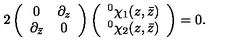
2 \left( \begin{array} { c c } { 0 } & { \partial _ { z } } \\ { \partial _ { \bar { z } } } & { 0 } \\ \end{array} \right) \left( \begin{array} { c } { ^ { 0 } \chi _ { 1 } ( z , \bar { z } ) } \\ { ^ { 0 } \chi _ { 2 } ( z , \bar { z } ) } \\ \end{array} \right) = 0 .